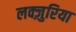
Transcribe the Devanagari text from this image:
लक्ज़ुरिया